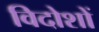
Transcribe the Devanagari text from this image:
विदोशों